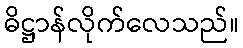
ဓိဋ္ဌာန်လိုက်လေသည်။